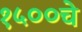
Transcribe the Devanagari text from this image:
१५००चे